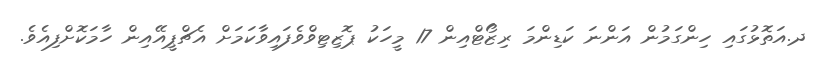
ދ.އަތޮޅުގައި ހިންގަމުން އަންނަ ކަޑިންމަ ރިޒޯޓްއިން 17 މީހަކު ޕޮޒިޓިވްވެފައިވާކަމަށް އެޗްޕީއޭއިން ހާމަކޮށްފިއެވެ.